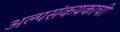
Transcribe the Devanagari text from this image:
अल्पसंकयकाची